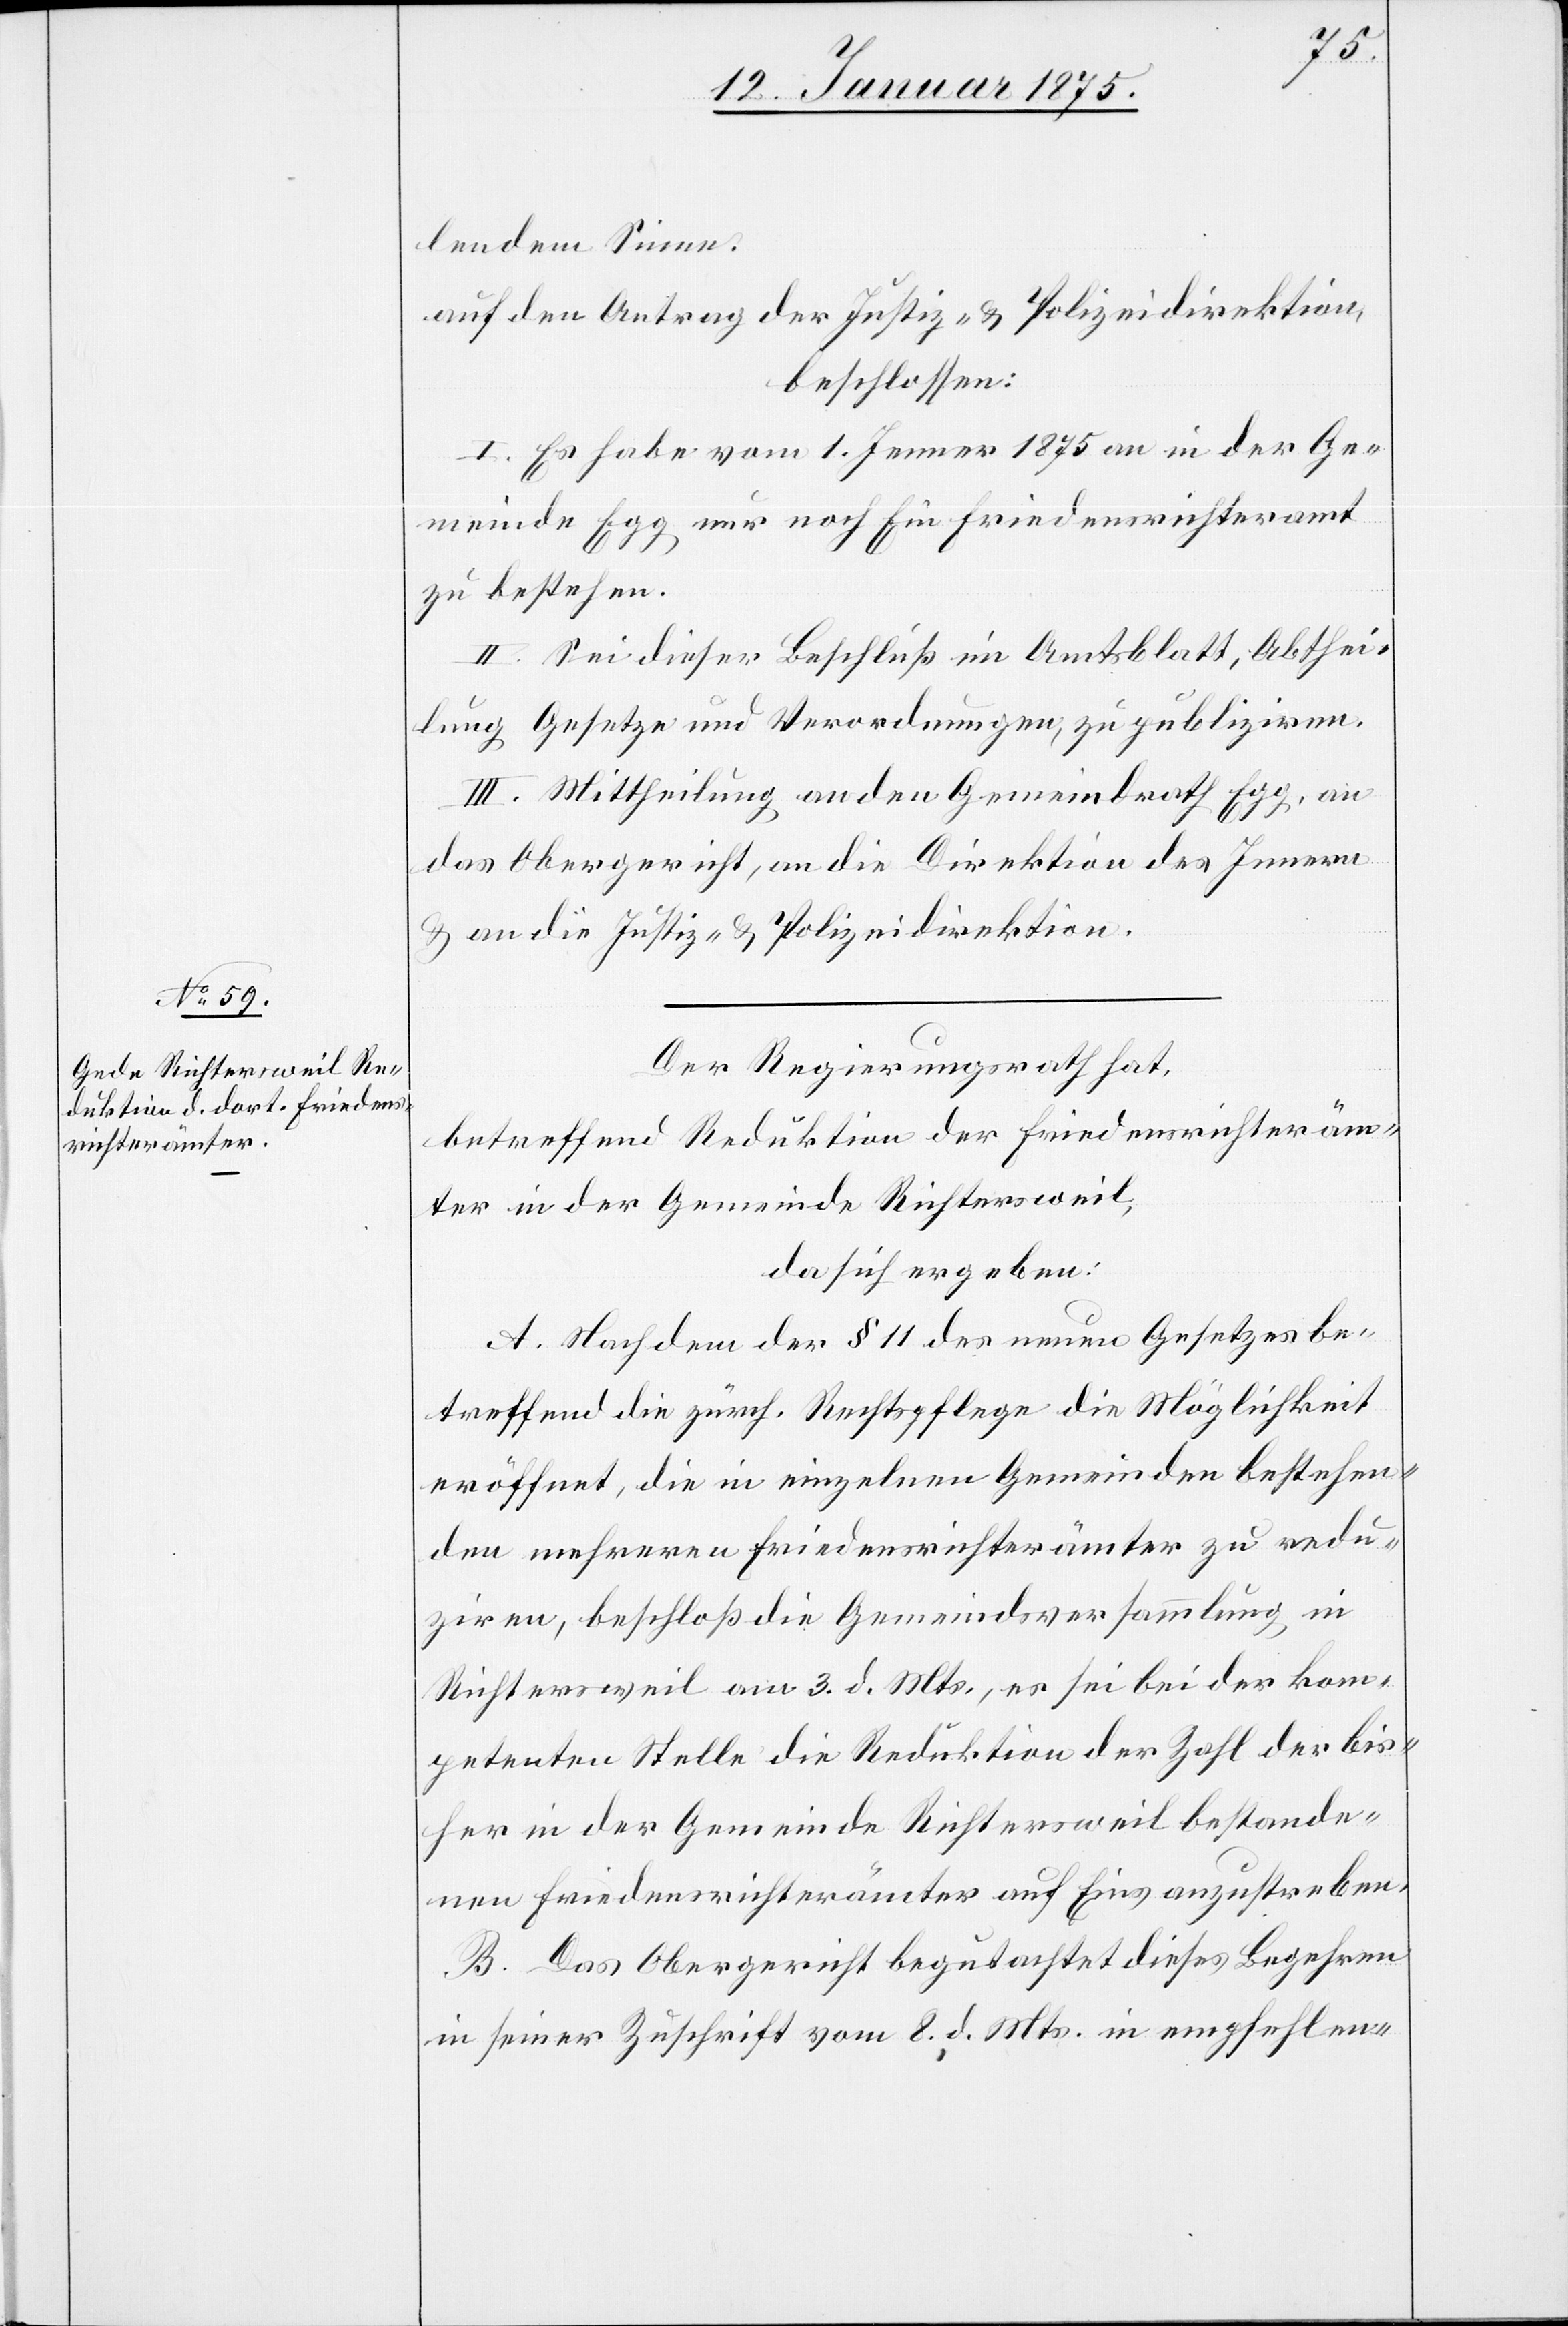
lendem Sinne.
auf den Antrag der Justiz- u. Polizeidirektion,
beschlossen:
I. Es habe vom 1. Jenner 1875 an in der Ge¬
meinde Egg nur noch Ein Friedensrichteramt
zu bestehen.
II. Sei dieser Beschluß im Amtsblatt, Abthei¬
lung Gesetze und Verordnungen, zu publiziren.
III. Mittheilung an den Gemeindrath Egg, an
das Obergericht, an die Direktion des Innern
& an die Justiz- & Polizeidirektion.
Der Regierungsrath hat,
betreffend Reduktion der Friedensrichteräm¬
ter in der Gemeinde Richtersweil,
da sich ergeben:
A. Nachdem der § 11 des neuen Gesetzes be¬
treffend die zürch. Rechtspflege die Möglichkeit
eröffnet, die in einzelnen Gemeinden bestehen¬
den mehreren Friedensrichterämter zu redu¬
ziren, beschloß die Gemeindsversammlung in
Richtersweil am 3. d. Mts., es sei bei der kom¬
petenten Stelle die Reduktion der Zahl der bis¬
her in der Gemeinde Richtersweil bestande¬
nen Friedensrichterämter in Eins anzustreben.
B. Das Obergericht begutachtet dieses Begehren
in seiner Zuschrift vom 8. d. Mts. in empfehlen-